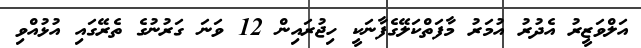
އަލްވަޒީރު އެދުރު އުމަރު މާފަތްކަލޭގެފާނަކީ ހިޖުރައިން 12 ވަނަ ގަރުނުގެ ތެރޭގައި އުޅުއްވި